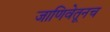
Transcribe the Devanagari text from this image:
जाणिवेतूनच